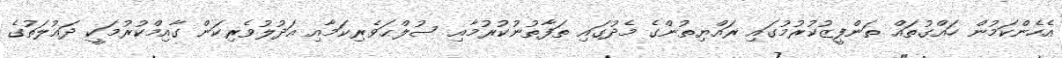
އެހެންކަމުން ހައްގުތައް ތަންފީޒުކުރުމުގައި ރައްޔިތުންގެ މެދުގައި ތަފާތުނުކުރުމާއި ސުލްޙަވެރިކަމާއި އަދުލުވެރިކަން ގާއިމްކުރުމަކީ ދައުލަތުގެ